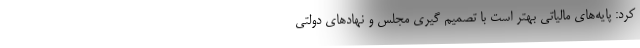
کرد: پایه‌های مالیاتی بهتر است با تصمیم گیری مجلس و نهاد‌های دولتی